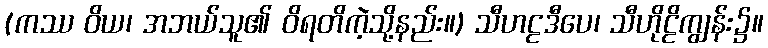
(ကဿ ဝိယ၊ အဘယ်သူ၏ ဝိရတိကဲ့သို့နည်း။) သီဟဠဒီပေ၊ သီဟိုဠိကျွန်း၌။